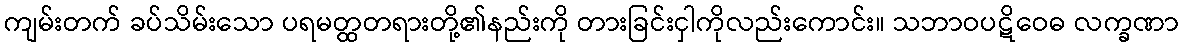
ကျမ်းတက် ခပ်သိမ်းသော ပရမတ္ထတရားတို့၏နည်းကို တားခြင်းငှါကိုလည်းကောင်း။ သဘာဝပဋိဝေဓ လက္ခဏာ